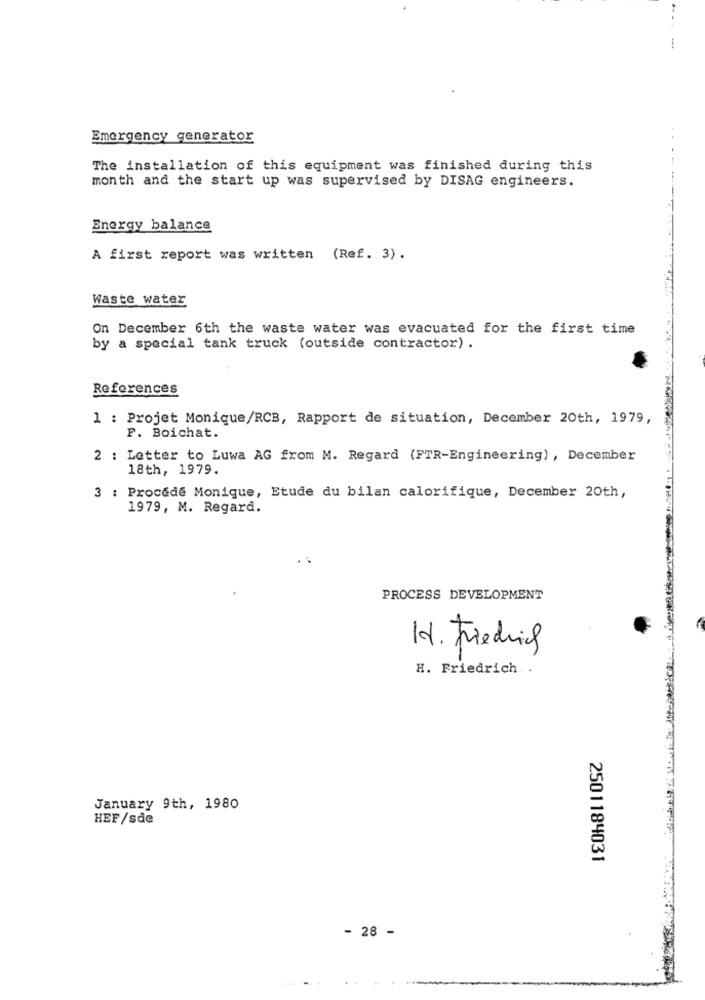
Emergency generator
The installation of this equipment was finished during this
month and the start up was supervised by DISAG engineers.
Energy balance
A first report was written (Ref. 3).
Waste water
On December 6th the waste water was evacuated for the first time
by a special tank truck (outside contractor) .
References
1 : Projet Monique/RCB, Rapport de situation, December 20th, 1979,
P. Boichat.
2 : Letter to Luwa AG from M. Regard (FTR-Engineering) , December
18th, 1979.
3 : Procédé Monique, Etude du bilan calorifique, December 20th,
1979, M. Regard.
PROCESS DEVELOPMENT
H. Friedrich
H. Friedrich ..
January 9th, 1980
HEF/sde
2501184031
- 28 -